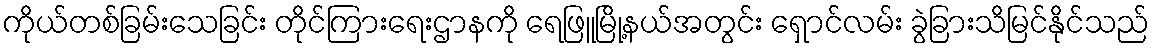
ကိုယ်တစ်ခြမ်းသေခြင်း တိုင်ကြားရေးဌာနကို ရေဖြူမြို့နယ်အတွင်း ရှောင်လမ်း ခွဲခြားသိမြင်နိုင်သည်